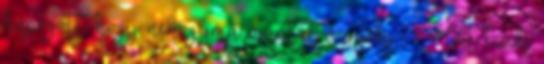
hápogott, hogy nehogymá mantát vegyek - - Hát ezek